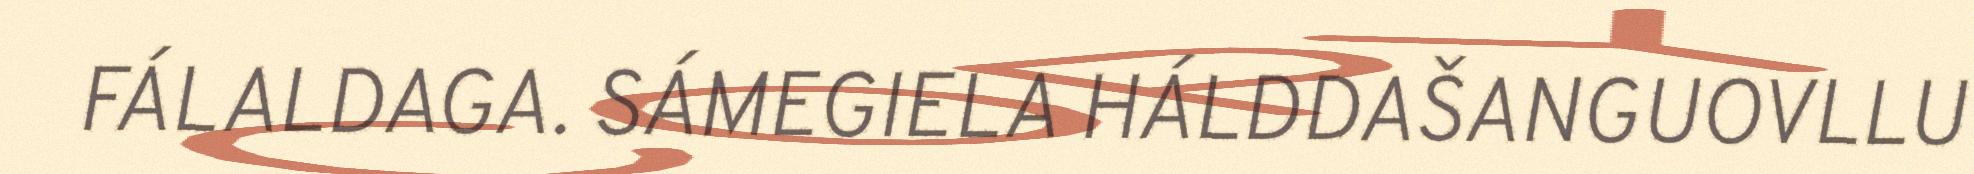
FÁLALDAGA. SÁMEGIELA HÁLDDAŠANGUOVLLU